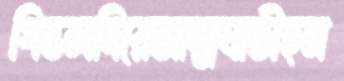
পিস্তলদিয়েআত্মঘাতীহন